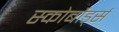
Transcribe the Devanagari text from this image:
स्कोर्बोर्ड्स